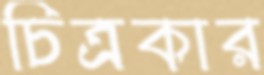
চিত্রকার